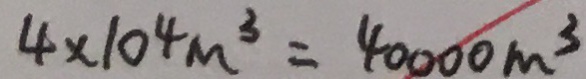
4 \times 1 0 ^ { 4 } m ^ { 3 } = 4 0 0 0 0 m ^ { 3 }